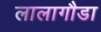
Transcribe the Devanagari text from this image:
लालागौडा